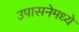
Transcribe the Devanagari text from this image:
उपासनेमध्ये